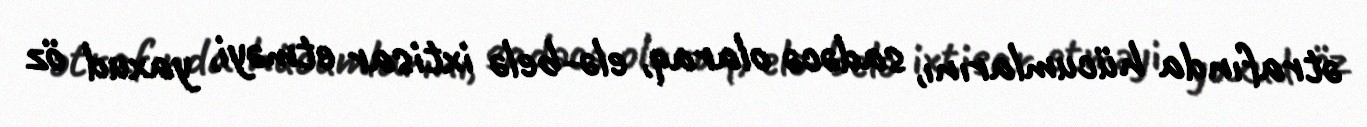
ətrafında hücumlarını, sadəcə olaraq, elə-belə ixtisar etməyi, yaxud öz